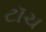
ટૉચ